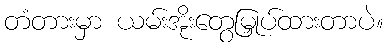
တံတားမှာ ယမ်းအိုးတွေမြှုပ်ထားတာပဲ။